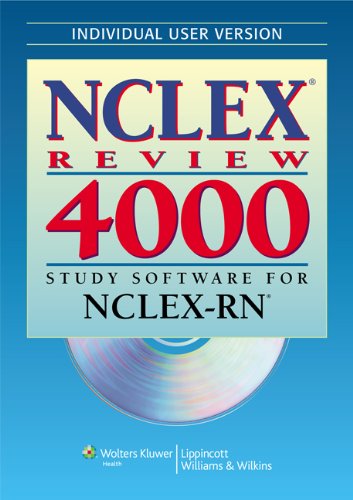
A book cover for NCLEXÂ® Review 4000: Study Software for NCLEX-RNÂ® (Individual Version) (NCLEX 4000); Test Preparation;